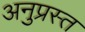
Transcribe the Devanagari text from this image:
अनुप्रस्त